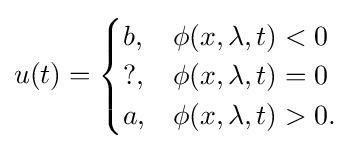
u(t)={\begin{cases}b,&\phi (x,\lambda ,t)<0\\?,&\phi (x,\lambda ,t)=0\\a,&\phi (x,\lambda ,t)>0.\end{cases}}